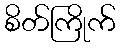
စိတ်ကြိုက်